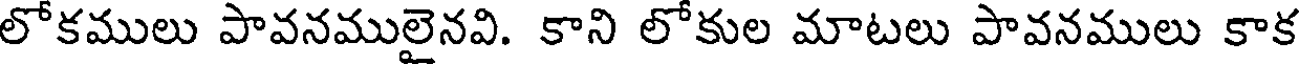
లోకములు పావనములైనవి. కాని లోకుల మాటలు పావనములు కాక